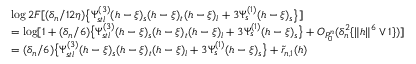
\begin{array} { r l } & { \log 2 F [ ( \delta _ { n } / 1 2 \eta ) \big \lbrace \Psi _ { s t l } ^ { ( 3 ) } ( h - \xi ) _ { s } ( h - \xi ) _ { t } ( h - \xi ) _ { l } + 3 \Psi _ { s } ^ { ( 1 ) } ( h - \xi ) _ { s } \big \rbrace ] } \\ & { = \log [ 1 + ( \delta _ { n } / 6 ) \big \lbrace \Psi _ { s t l } ^ { ( 3 ) } ( h - \xi ) _ { s } ( h - \xi ) _ { t } ( h - \xi ) _ { l } + 3 \Psi _ { s } ^ { ( 1 ) } ( h - \xi ) _ { s } \big \rbrace + O _ { P _ { 0 } ^ { n } } ( \delta _ { n } ^ { 2 } \{ \| h \| ^ { 6 } \vee 1 \} ) ] } \\ & { = ( \delta _ { n } / 6 ) \big \lbrace \Psi _ { s t l } ^ { ( 3 ) } ( h - \xi ) _ { s } ( h - \xi ) _ { t } ( h - \xi ) _ { l } + 3 \Psi _ { s } ^ { ( 1 ) } ( h - \xi ) _ { s } \big \rbrace + \tilde { r } _ { n , 1 } ( h ) } \end{array}